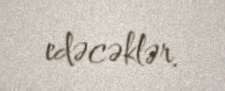
edəcəklər.